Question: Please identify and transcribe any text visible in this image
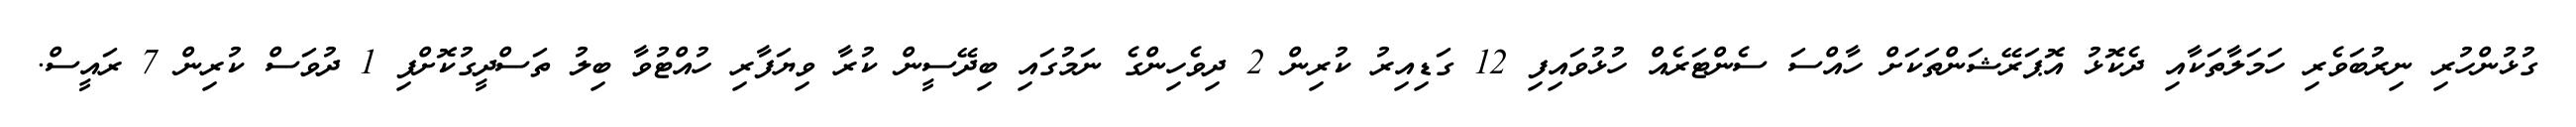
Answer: ގުޅުންހުރި ނިރުބަވެރި ހަމަލާތަކާއި ދެކޮޅު އޮޕަރޭޝަންތަކަށް ހާއްސަ ސެންޓަރެއް ހުޅުވައިފި 12 ގަޑިއިރު ކުރިން 2 ދިވެހިންގެ ނަމުގައި ބިދޭސީން ކުރާ ވިޔަފާރި ހުއްޓުވާ ބިލު ތަސްދީގުކޮށްފި 1 ދުވަސް ކުރިން 7 ރައީސް.